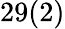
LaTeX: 29(2)